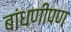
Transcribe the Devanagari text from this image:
बांधणीपण